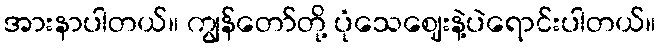
အားနာပါတယ်။ ကျွန်တော်တို့ ပုံသေဈေးနဲ့ပဲရောင်းပါတယ်။